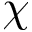
\chi